Annual returns of the Patna Lunatic Asylum at Bankipore in Bihar and Orissa - 1912-1924
Year: 1912
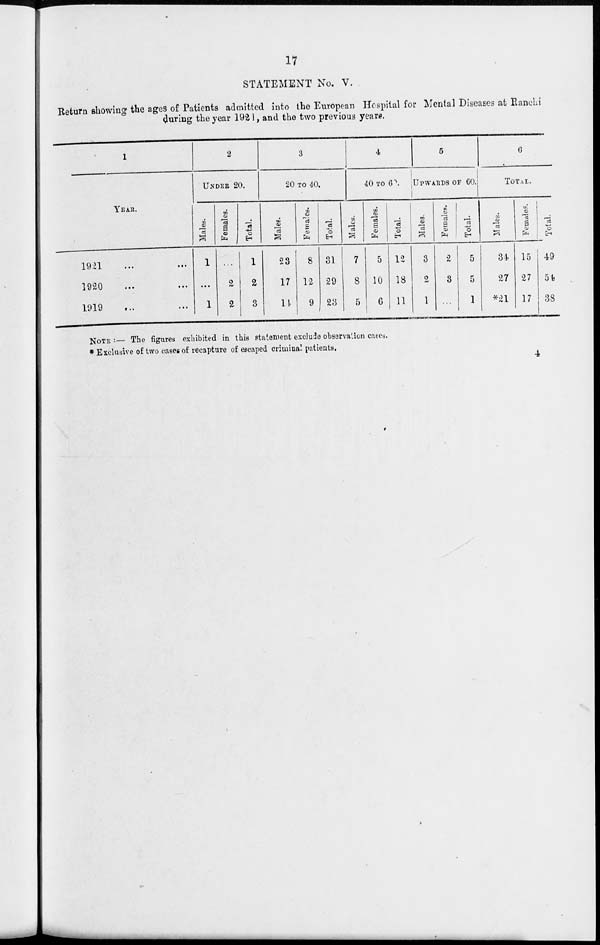
17
STATEMENT No. V.
Return showing the ages of Patients admitted into the European Hospital for Mental Diseases at RancLi
during the year 1921, and the two previous years.
1
YEAR.
1921 ... ...
1920 ... ...
1919 ... ...
2
UNDER 20.
Males.
1
...
1
Females.
...
2
2
Total.
1
2
3
3
20 TO 40.
Males.
23
17
14
Females.
8
12
9
Total.
31
29
23
4
40 TO 60
Males.
7
8
5
Females.
5
10
6
Total.
12
18
11
5
UPWARDS OF 60.
Males.
3
2
1
Females.
2
3
...
Total.
5
5
1
6
TOTAL
Males.
34
27
*21
Females.
15
27
17
Total.
49
54
38
NOTE :— The figures exhibited in this statement exclude observation cases.
* Exclusive of two cases of recapture of escaped criminal patients.
4